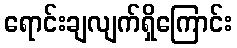
ရောင်းချလျက်ရှိကြောင်း